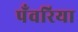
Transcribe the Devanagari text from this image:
पँवरिया